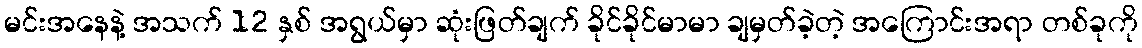
မင်းအနေနဲ့ အသက် 12 နှစ် အရွယ်မှာ ဆုံးဖြတ်ချက် ခိုင်ခိုင်မာမာ ချမှတ်ခဲ့တဲ့ အကြောင်းအရာ တစ်ခုကို